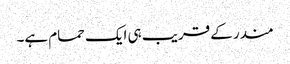
مندر کے قریب ہی ایک حمام ہے۔